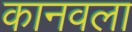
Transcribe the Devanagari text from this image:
कानवला